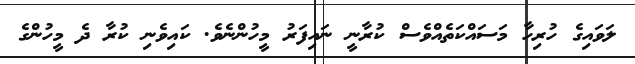
ލަވައިގެ ހުރިހާ މަސައްކަތެއްވެސް ކުރާނީ ނައިފަރު މީހުންނެވެ. ކައިވެނި ކުރާ ދެ މީހުންގެ